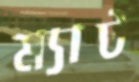
ম্যাট